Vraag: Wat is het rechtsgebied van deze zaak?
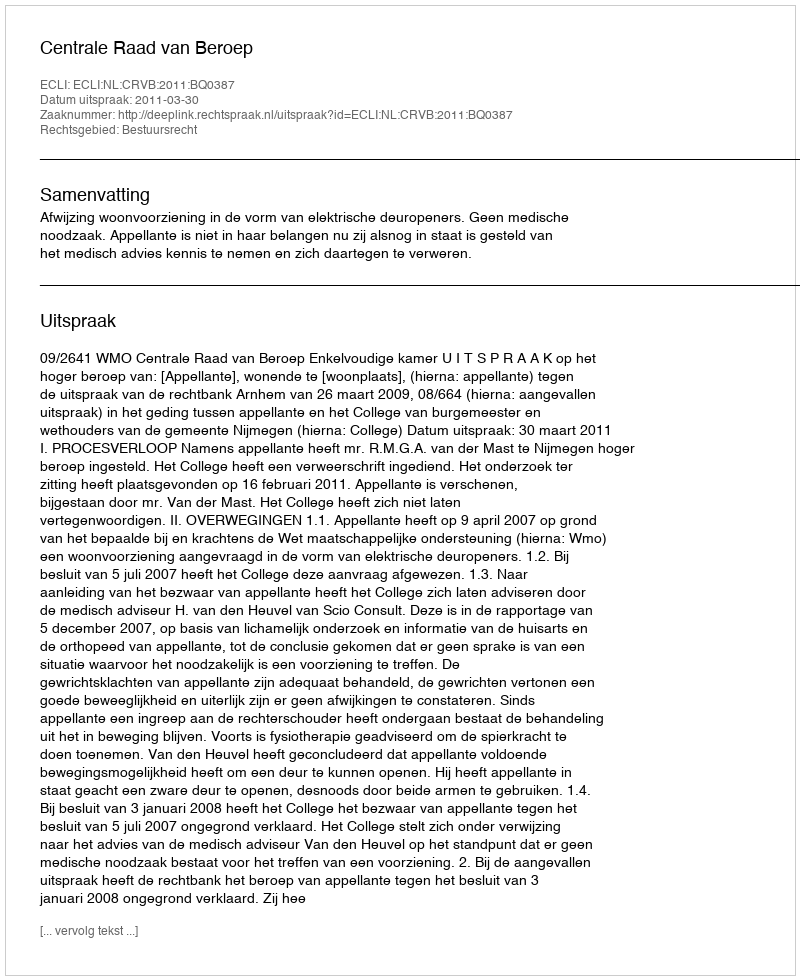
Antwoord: Bestuursrecht